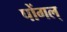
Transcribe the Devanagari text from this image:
पोंगल्